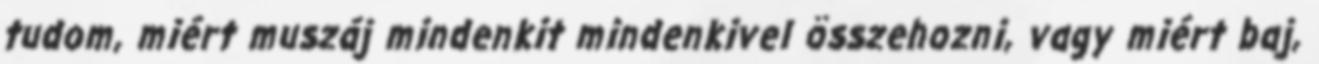
tudom, miért muszáj mindenkit mindenkivel összehozni, vagy miért baj,